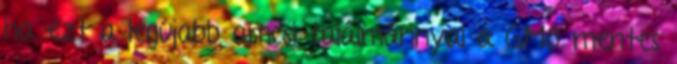
ha ezt a legújabb amcsi találmánnyal a GMO mentes